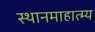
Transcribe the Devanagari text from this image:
स्थानमाहात्म्य